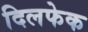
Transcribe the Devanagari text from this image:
दिलफेक